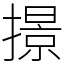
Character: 撔